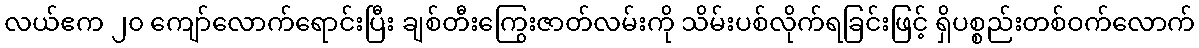
လယ်ဧက ၂၀ ကျော်လောက်ရောင်းပြီး ချစ်တီးကြွေးဇာတ်လမ်းကို သိမ်းပစ်လိုက်ရခြင်းဖြင့် ရှိပစ္စည်းတစ်ဝက်လောက်